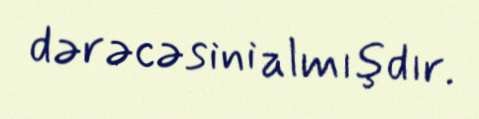
dərəcəsini almışdır.